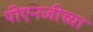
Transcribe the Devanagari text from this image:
पीएनजीच्या